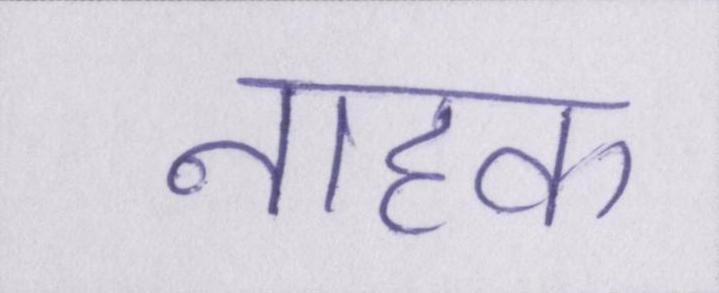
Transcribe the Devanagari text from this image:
नाहक